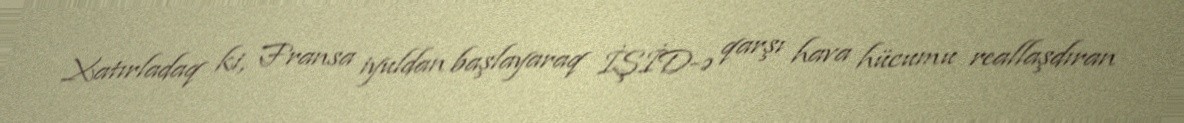
Xatırladaq ki, Fransa iyuldan başlayaraq İŞİD-ə qarşı hava hücumu reallaşdıran